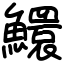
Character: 鱞